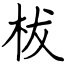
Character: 柭